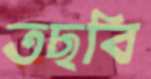
তছবি